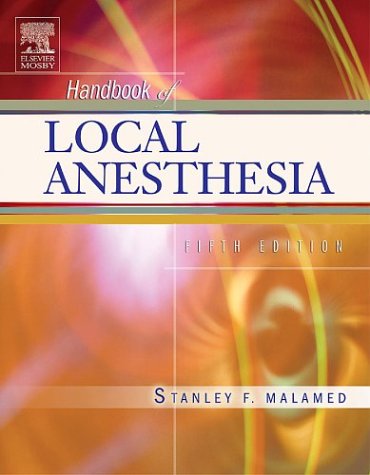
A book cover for Handbook of Local Anesthesia, 5e; Stanley F. Malamed DDS; Medical Books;